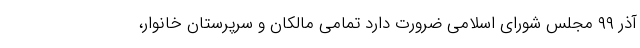
آذر ۹۹ مجلس شورای اسلامی ضرورت دارد تمامی مالکان و سرپرستان خانوار،